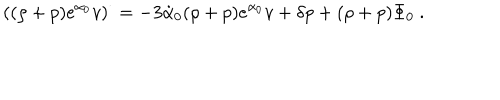
LaTeX: \left( ( \rho + p ) e ^ { \alpha _ { 0 } } v \right) ^ { \cdot } = - 3 \dot { \alpha } _ { 0 } ( \rho + p ) e ^ { \alpha _ { 0 } } v + \delta p + ( \rho + p ) \Phi _ { 0 } \ .